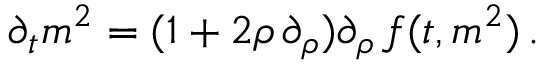
\begin{array} { r } { \partial _ { t } m ^ { 2 } = ( 1 + 2 \rho \, \partial _ { \rho } ) \partial _ { \rho } \, f ( t , m ^ { 2 } ) \, . } \end{array}